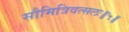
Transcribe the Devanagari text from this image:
सौमित्रिवत्सलः॥५॥